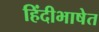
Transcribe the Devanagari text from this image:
हिंदीभाषेत